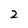
Character: 2